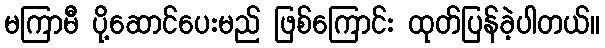
မကြာမီ ပို့ဆောင်ပေးမည် ဖြစ်ကြောင်း ထုတ်ပြန်ခဲ့ပါတယ်။